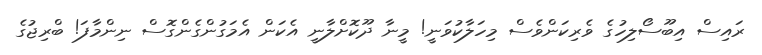
ރައިސް އިބޫސޯލިހުގެ ވެރިކަންވެސް މިހަލާކުވަނީ! މީނާ ދޫކޮށްލާނީ އެކަން އެމަގުންގެންގޮސް ނިންމާފަ! ބްރިޖުގެ